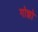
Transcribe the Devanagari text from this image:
गोझो